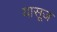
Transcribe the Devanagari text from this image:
यासूज